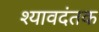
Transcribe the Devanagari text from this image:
श्यावदंतक